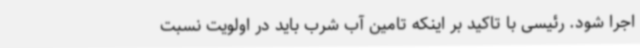
اجرا شود. رئیسی با تاکید بر اینکه تامین آب شرب باید در اولویت نسبت